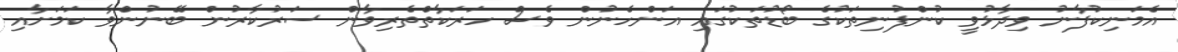
އެމަނިކުފާނު ވިދާޅުވީ ކުންފުނިތަކުގެ ބޯޑުތަކުގައި އަންހެނުން ވެސް ހަރަކާތްތެރިވާން ސަރުކާރުން ބޭނުންވާ ކަމަށާއި